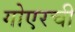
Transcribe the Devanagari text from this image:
गोएरची